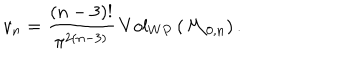
LaTeX: v _ { n } = \frac { ( n - 3 ) ! } { \pi ^ { 2 ( n - 3 ) } } \, V o l _ { W P } \left( { \cal M } _ { 0 , n } \right) .